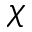
\chi